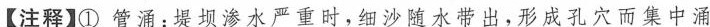
【注释】①管涌：堤坝渗水严重时，细沙随水带出，形成孔穴而集中涌